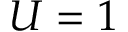
U = 1